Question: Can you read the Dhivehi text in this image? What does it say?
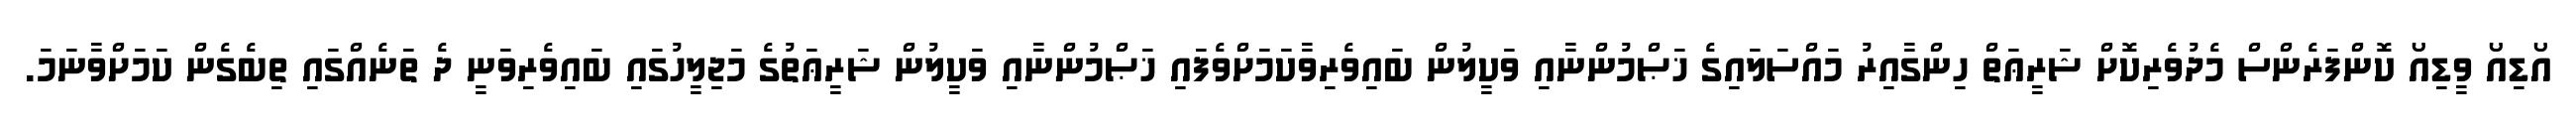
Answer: އޯޑިއޯ ވީޑިއޯ ކޮންފަރެންސް މެދުވެރިކޮށް ޝަރީޢަތް ހިންގާއިރު މައްސަލައިގެ ޚަޞްމުންނާއި ވަކީލުން ބައިވެރިވާކަމަށްވެފައި ޚަޞްމުންނާއި ވަކީލުން ޝަރީޢަތުގެ މަޖިލީހުގައި ބައިވެރިވަނީ ދެ ތަނެއްގައި ތިބެގެން ކަމަށްވާނަމަ.